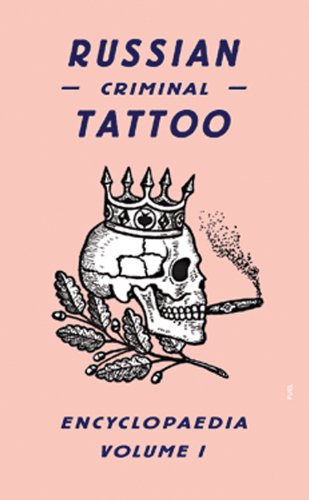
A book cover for Russian Criminal Tattoo Encyclopaedia Volume I; Humor & Entertainment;